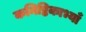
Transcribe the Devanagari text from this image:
कनिष्ठिकाभ्याँ